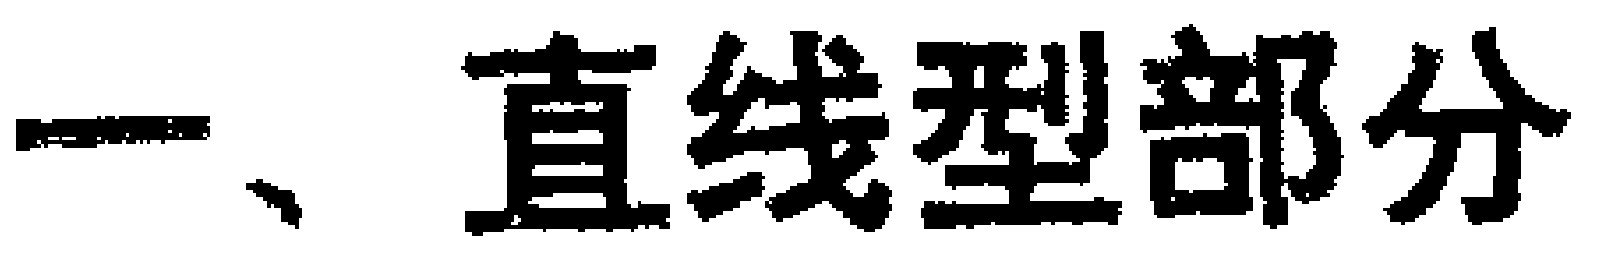
一、直线型部分